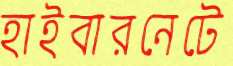
হাইবারনেটে